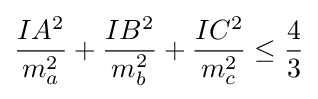
{\frac {IA^{2}}{m_{a}^{2}}}+{\frac {IB^{2}}{m_{b}^{2}}}+{\frac {IC^{2}}{m_{c}^{2}}}\leq {\frac {4}{3}}